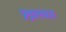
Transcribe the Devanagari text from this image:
प्रश्नालंकार